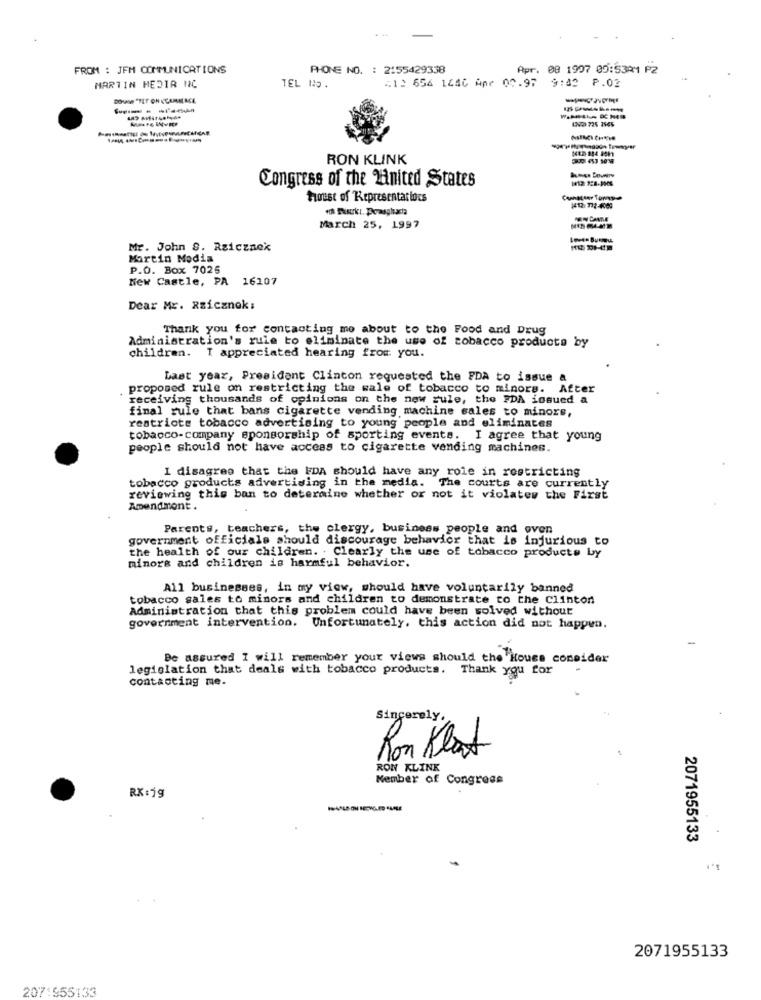
FROM : JEM COMMUNICATIONS
PHONE NO. : 2155429338
Apr. 08 1907 05:5321 PZ
TEL No.
(1) 656 1440 Apr 00.97 9:42 P.02
MARTIN MEDIR NC
RON KLINK
Congress of the Minited States
Foust of Representariocs
March 25, 1997
MISMAMM
Mr. John S. Rzicznek
Martin Media
P.O. Box 7025
New Castle, PA 16207
Dear Mr. Rzicznok:
Thank you for contacting me about to the Food and Drug
Administration's rule to eliminate the use of tobacco products by
children. I appreciated hearing from you.
Last year, President Clinton requested the FDA to issue &
. proposed rule on restricting the sale of tobacco to minors. After
receiving thousands of opinions on the new cule, the FDA issued a
final rule that bans cigarette vending machine sales to minors,
restricte tobacco advertising to young people and eliminates
tobacco-company sponsorship of sporting events. I agree that young
people should not have access to cigarette vending machines.
I disagree that the FDA should have any role in restricting
tobacco products advertising in the media. The courts are currently
reviewing this ban to determine whether or not it violates the First
Amendmont.
Parents, teachers, the clergy, business people and oven
government officials should discourage behavior that is injurious to
the health of our children. . Clearly the use of tobacco products by
minore and children is harmful behavior.
All businesses, in my view, should have voluntarily banned
tobacco sales to minors and children to demonstrate to the Clinton
Administration that this problem could have been solved without
government intervention. Unfortunately, this action did not happen.
Be assured I will remember your views should the House consider
legislation that deals with tobacco products. Thank you for
contacting me.
Sincerely,
Ron Klart
RON KLINK
Member of Congress
RX:19
2071955133
2071955133
207:955133